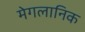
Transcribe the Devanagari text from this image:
मेगलानिक